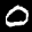
Label: 0